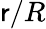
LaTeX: \mathsf{r}/R